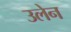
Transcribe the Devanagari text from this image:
उलेन